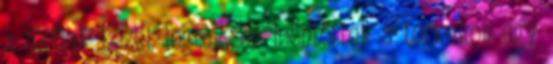
a férfiak kezet fogtak, és leöntöttek a torkukon egy